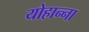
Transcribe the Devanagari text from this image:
योहान्ना